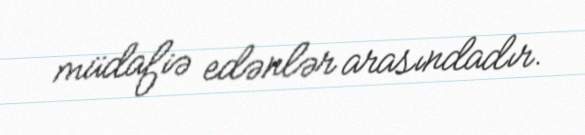
müdafiə edənlər arasındadır.